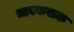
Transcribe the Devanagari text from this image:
भास्कराक